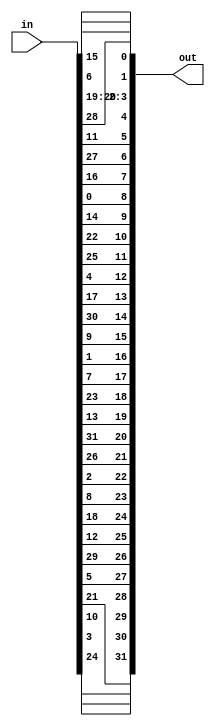
`timescale 1ns / 1ps
//////////////////////////////////////////////////////////////////////////////////
// Company: 
// Engineer: 
// 
// Design Name: 
// Module Name:    sbox_perm 
// Project Name: 
// Target Devices: 
// Tool versions: 
// Description: 
//
// Dependencies: 
//
// Revision: 
// Revision 0.01 - File Created
// Additional Comments: 
//
//////////////////////////////////////////////////////////////////////////////////
module sbox_perm(
     in,
     out
    );

    input [32:1] in;
    output reg [32:1] out;
	 
	 
	 always @ (in)
	 begin 
	                    
							  out[1]<=in[16];
							  out[2]<=in[7];
							  out[3]<=in[20];
							  out[4]<=in[21];
							  out[5]<=in[29];
							  out[6]<=in[12];
							  out[7]<=in[28];
							  out[8]<=in[17];
							  out[9]<=in[1];
							  out[10]<=in[15];
							  
							  out[11]<=in[23];
							  out[12]<=in[26];
							  out[13]<=in[5];
							  out[14]<=in[18];
							  out[15]<=in[31];
							  out[16]<=in[10];
							  out[17]<=in[2];
							  out[18]<=in[8];
							  out[19]<=in[24];
							  out[20]<=in[14];
							  
							  out[21]<=in[32];
							  out[22]<=in[27];
							  out[23]<=in[3];
							  out[24]<=in[9];
							  out[25]<=in[19];
							  out[26]<=in[13];
							  out[27]<=in[30];
							  out[28]<=in[6];
							  out[29]<=in[22];
							  out[30]<=in[11];
							  
							  out[31]<=in[4];
							  out[32]<=in[25];
	 
	 
	 
	 end
	 
	 
	 
endmodule